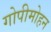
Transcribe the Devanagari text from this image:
गोपीमोहन